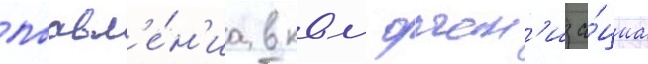
поавл'е́н'иа в квм орган'иза́циа